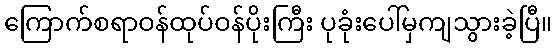
ကြောက်စရာဝန်ထုပ်ဝန်ပိုးကြီး ပုခုံးပေါ်မှကျသွားခဲ့ပြီ။